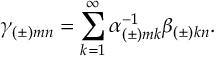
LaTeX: \gamma _ { ( \pm ) m n } = \sum _ { k = 1 } ^ { \infty } \alpha _ { ( \pm ) m k } ^ { - 1 } \beta _ { ( \pm ) k n } .